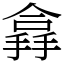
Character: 搻